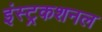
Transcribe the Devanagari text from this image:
इंस्ट्रकशनल